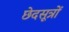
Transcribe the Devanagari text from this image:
छेदसूत्रों